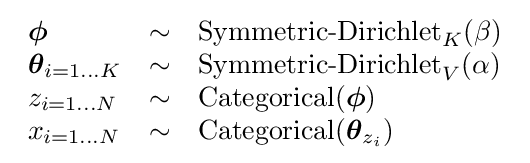
{\begin{array}{lcl}{\boldsymbol {\phi }}&\sim &\operatorname {Symmetric-Dirichlet} _{K}(\beta )\\{\boldsymbol {\theta }}_{i=1\dots K}&\sim &{\text{Symmetric-Dirichlet}}_{V}(\alpha )\\z_{i=1\dots N}&\sim &\operatorname {Categorical} ({\boldsymbol {\phi }})\\x_{i=1\dots N}&\sim &{\text{Categorical}}({\boldsymbol {\theta }}_{z_{i}})\end{array}}